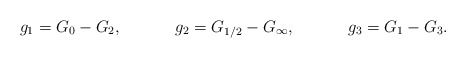
\begin{align*} g_1 &= G_{0} - G_{2}, & g_2 &= G_{1/2} - G_{\infty}, & g_3 &=G_{1} - G_{3}.\end{align*}